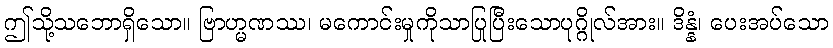
ဤသို့သဘောရှိသော။ ဗြာဟ္မဏဿ၊ မကောင်းမှုကိုသာပြုပြီးသောပုဂ္ဂိုလ်အား။ ဒိန္နံ၊ ပေးအပ်သော